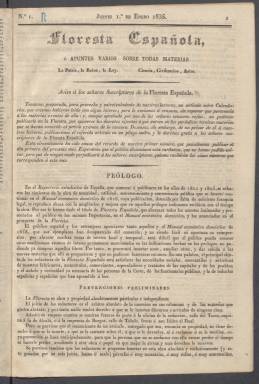
Título: Floresta española, o, Apuntes varios sobre todas materias
Otros títulos: Foresta española || Apuntes varios sobre todas las materias
Colección: Periódicos anteriores a 1850
Ámbito geográfico: Madrid
Lugar de publicación: Madrid
Fechas: 01/01/1835-13/08/1835